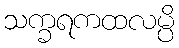
သက္ခရကထလမ္ပိ